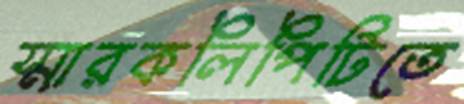
স্মারকলিপিটিতে